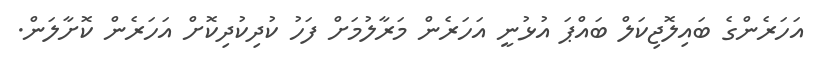
އަހަރެންގެ ބައިލޮޖިކަލް ބައްޕަ އުޅުނީ އަހަރެން މަރާލުމަށް ފަހު ކުދިކުދިކޮށް އަހަރެން ކޮށާލަން.